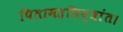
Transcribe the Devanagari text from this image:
पितामहसिद्धांत।